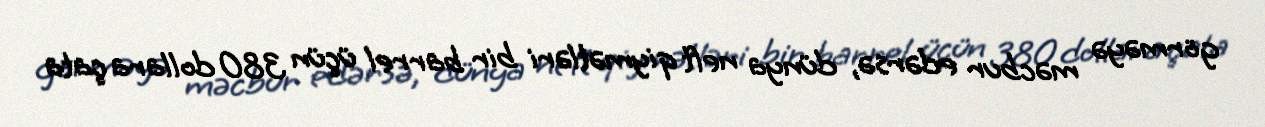
görməyə məcbur edərsə, dünya neft qiymətləri bir barrel üçün 380 dollara çata